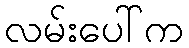
လမ်းပေါ်က